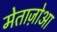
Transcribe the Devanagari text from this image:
मेताज़ोआ